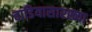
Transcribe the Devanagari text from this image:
वाडियासारख्या